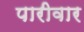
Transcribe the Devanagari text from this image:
पारीवार